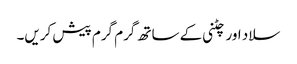
سلاد اور چٹنی کے ساتھ گرم گرم پیش کریں۔